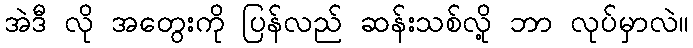
အဲဒီ လို အတွေးကို ပြန်လည် ဆန်းသစ်လို့ ဘာ လုပ်မှာလဲ။